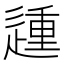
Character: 𰻈